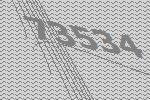
73534